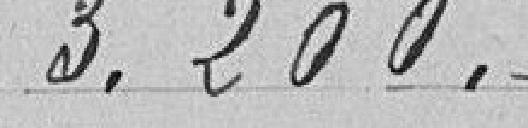
3.200 francs